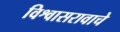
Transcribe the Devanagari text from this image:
विश्वासरावाचे